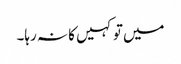
میں تو کہیں کا نہ رہا۔